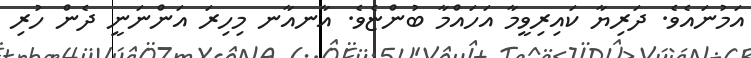
އަމުނައެވެ. ދަރިޔާ ކައިރިވީމާ އަހައްމާ ބުންޏެވެ. އާނއާނ މިހިރަ އަންނަނީ ދެން ހުރި